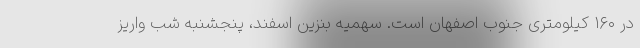
در ۱۶۰ کیلومتری جنوب اصفهان است. سهمیه بنزین اسفند، پنجشنبه شب واریز